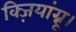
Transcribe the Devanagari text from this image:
क्ज़ियांग्नू।